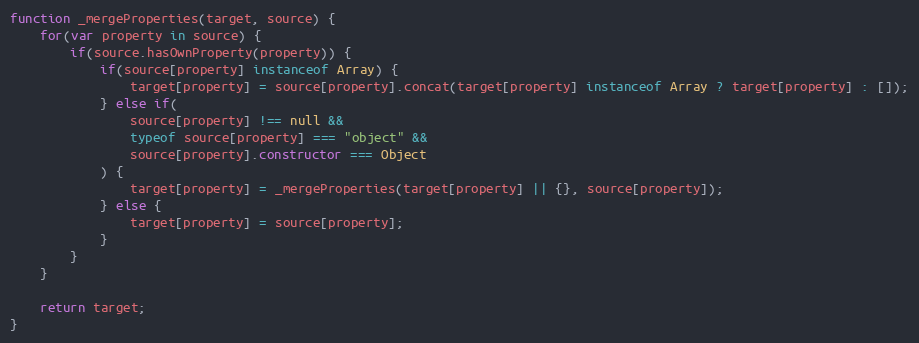
Language: JavaScript
function _mergeProperties(target, source) {
	for(var property in source) {
		if(source.hasOwnProperty(property)) {
			if(source[property] instanceof Array) {
				target[property] = source[property].concat(target[property] instanceof Array ? target[property] : []);
			} else if(
				source[property] !== null &&
				typeof source[property] === "object" &&
				source[property].constructor === Object
			) {
				target[property] = _mergeProperties(target[property] || {}, source[property]);
			} else {
				target[property] = source[property];
			}
		}
	}

	return target;
}